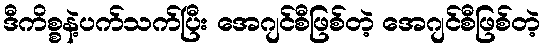
ဒီကိစ္စနဲ့ပက်သက်ပြီး အေဂျင်စီဖြစ်တဲ့ အေဂျင်စီဖြစ်တဲ့